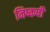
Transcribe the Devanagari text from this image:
निष्कर्षी